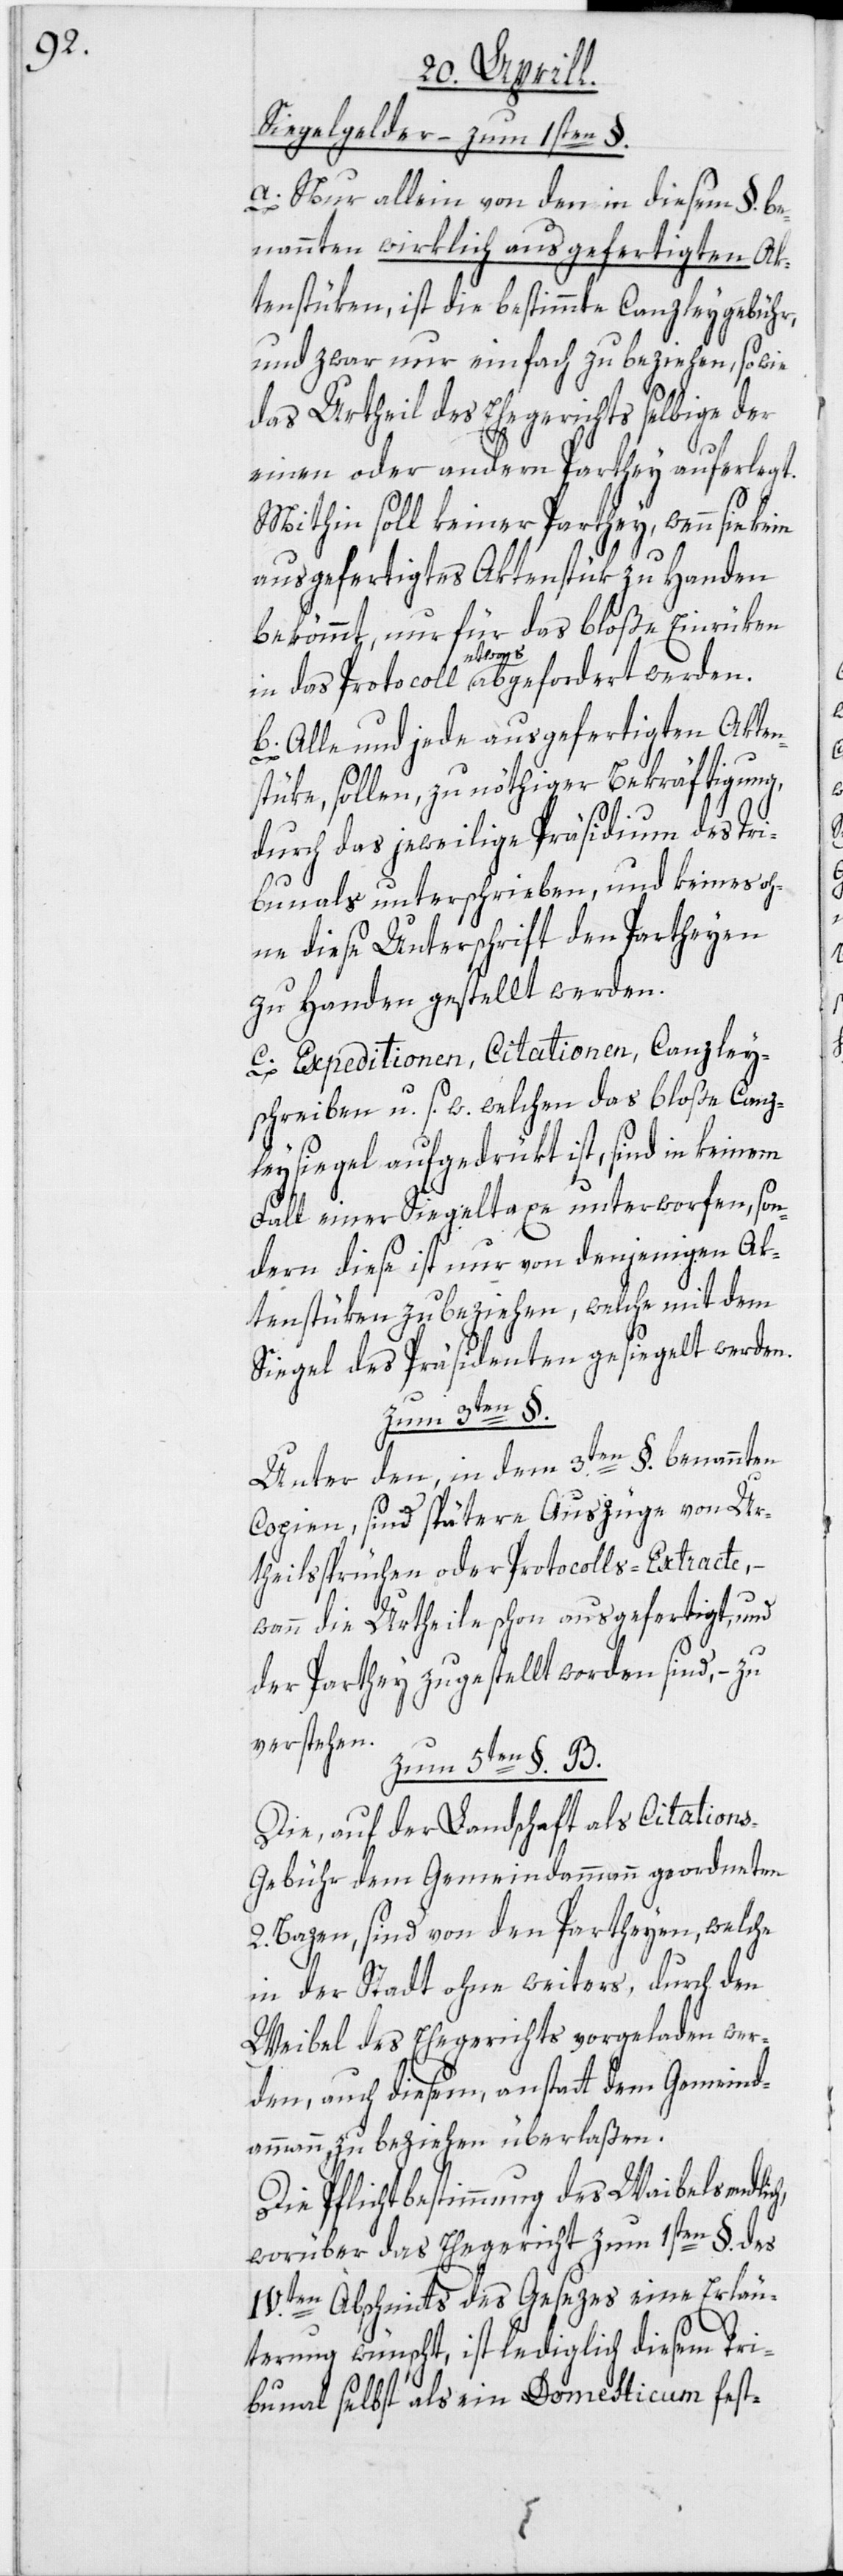
Siegelgelder – zum 1sten §.
a. Nur allein von den in diesem §. be¬
nannten wirklich ausgefertigten Ak¬
tenstüken, ist die bestimmte Canzleygebühr,
und zwar nur einfach zu beziehen, so wie
das Urtheil des Ehegerichts selbige der
B.
einen oder andern Parthey auferlegt.
Mithin soll keiner Parthey, wenn sie
ausgefertigtes Aktenstük zu Handen
bekömmt, nur für das bloße Einrüken
ert werden.
b. Alle und jede ausgefertigten Akten¬
stüke, sollen, zu nöthiger Bekräftigung,
durch das jeweilige Präsidium des Tri¬
bunals unterschrieben, und keines oh¬
ne diese Unterschrift den Partheyen
zu Handen gestellt werden.
c. Expeditionen, Citationen, Canzley¬
schreiben u. s. w. welchen das bloße Canz¬
leysiegel aufgedrükt ist, sind in keinem
Fall einer Siegeltaxe unterworfen, son¬
dern diese ist nur von denjenigen Ak¬
tenstüken zu beziehen, welche mit dem
Siegel des Präsidenten gesiegelt werden.
Zum 5ten §.
Unter den, in dem 3ten §. benannten
Copien, sind spätere Auszüge von Ur¬
theilssprüchen oder Protocolls-Extracte,
wenn die Urtheile schon ausgefertigt, und
der Parthey zugestellt worden sind, – zu
verstehen.
Die, auf der Landschaft als Citation¬
s-Gebühr dem Gemeindammann geordneten
2. Bazen, sind von den Partheyen, welche
in der Stadt ohne weiters, durch den
Weibel des Ehegerichts vorgeladen wer¬
den, auch diesem, anstatt dem Gemeind¬
ammann, zu beziehen überlaßen.
Die Pflichtbestimmung des Waibels
worüber das Ehegericht zum 1sten §. des
IV.ten Abschnitts des Gesezes eine Erläu¬
terung wünscht, ist lediglich diesem Tri¬
bunal selbst als ein Domesticum fest-